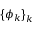
\left\{ \phi _ { k } \right\} _ { k }